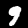
Digit: 9